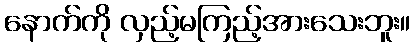
နောက်ကို လှည့်မကြည့်အားသေးဘူး။